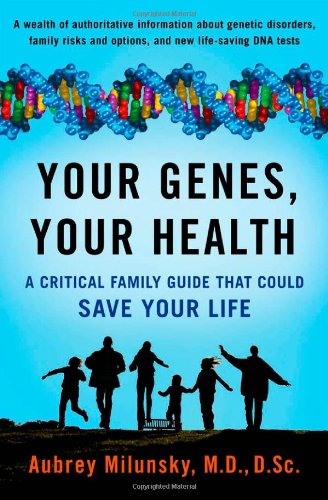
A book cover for Your Genes, Your Health: A Critical Family Guide That Could Save Your Life; Aubrey Milunsky  MD  DSc; Health, Fitness & Dieting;